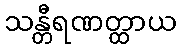
သန္တီရဏတ္ထာယ